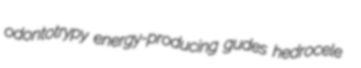
odontotrypy energy-producing gudes hedrocele